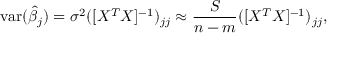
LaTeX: \operatorname { v a r } ( { \hat { \beta } } _ { j } ) = \sigma ^ { 2 } ( [ X ^ { T } X ] ^ { - 1 } ) _ { j j } \approx { \frac { S } { n - m } } ( [ X ^ { T } X ] ^ { - 1 } ) _ { j j } ,